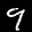
Label: 9